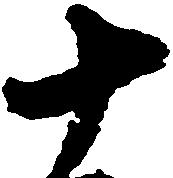
十